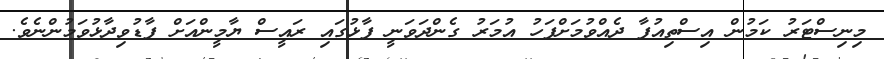
މިނިސްޓަރު ކަމުން އިސްތިއުފާ ދެއްވުމަށްފަހު އުމަރު ގެންދަވަނީ ފާޅުގައި ރައީސް ޔާމީންއަށް ފާޑުވިދާޅުވަމުންނެވެ.